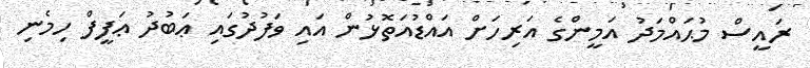
ރައީސް މުޙައްމަދު އަމީންގެ އަރިހަށް އައްޑުއަތޮޅުން އައި ވަފުދުގައި ޢަބުދު ޢަފީފް ހިމެނި